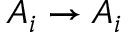
A _ { i } \to A _ { i }